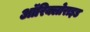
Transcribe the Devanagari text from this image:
ऑरिक्लोराइड